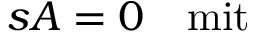
s A = 0 \quad \mathrm { m i t } \quad